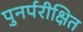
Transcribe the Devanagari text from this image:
पुनर्परीक्षित